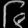
Digit: ၆